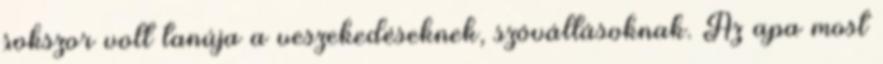
sokszor volt tanúja a veszekedéseknek, szóváltásoknak. Az apa most